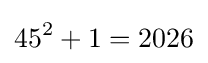
45^{2}+1=2026